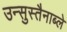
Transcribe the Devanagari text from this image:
उन्सुस्तैनाब्ले